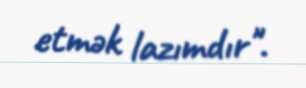
etmək lazımdır".